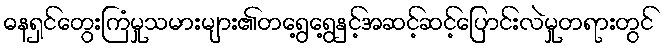
ဓနရှင်တွေးကြံမှုသမားများ၏တရွေ့ရွေ့နှင့်အဆင့်ဆင့်ပြောင်းလဲမှုတရားတွင်